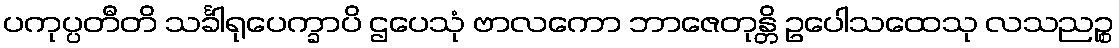
ပကုပ္ပတီတိ သင်္ခါရုပေက္ခာပိ ဌပေသုံ ဗာလကော ဘာဇေတုန္တိ ဥပေါသထေသု လသညဉ္စ